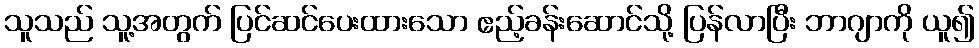
သူသည် သူ့အတွက် ပြင်ဆင်ပေးထားသော ဧည့်ခန်းဆောင်သို့ ပြန်လာပြီး ဘာဂျာကို ယူ၍